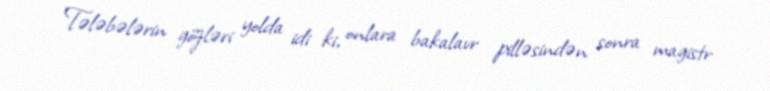
Tələbələrin gözləri yolda idi ki, onlara bakalavr pilləsindən sonra magistr